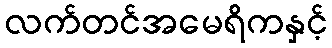
လက်တင်အမေရိကနှင့်